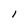
Character: 1